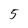
Character: 5